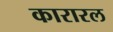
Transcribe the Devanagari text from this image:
कारारल